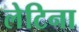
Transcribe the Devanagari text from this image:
लेटिना